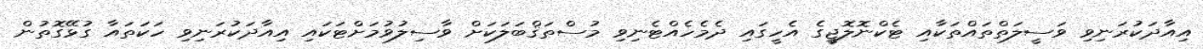
އިއާދަކުރަނިވި ވަސީލަތްތައްތަކާއި ޓެކްނޮލޮޖީގެ އެހީގައި ދެމެހެއްޓެނިވި މުސްތަޤްބަލަކަށް ވާސިލުވުމަށްޓަކައި އިއާދަކުރަނިވި ހަކަތައާ ގުޅޭގޮތުން